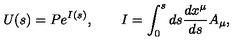
U ( s ) = P e ^ { I ( s ) } , \qquad I = \int _ { 0 } ^ { s } d s \frac { d x ^ { \mu } } { d s } A _ { \mu } ,